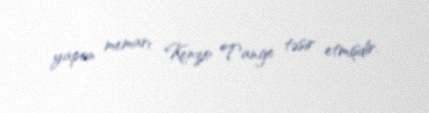
yapon memarı Kenzo Tange təsir etmişdir.